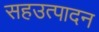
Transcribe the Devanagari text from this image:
सहउत्पादन